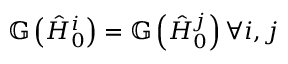
\mathbb { G } \left( \hat { H } _ { 0 } ^ { i } \right) = \mathbb { G } \left( \hat { H } _ { 0 } ^ { j } \right) \forall i , j